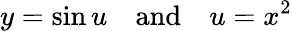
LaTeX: y=\sin u\quad{\mathrm{and}}\quad u=x^{2}